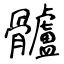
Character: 髗